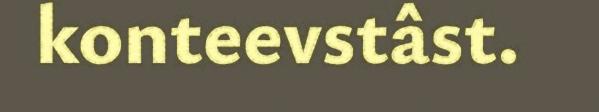
konteevstâst.